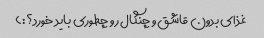
غذای بدون قاشق و چنگال رو چطوری باید خورد؟:)